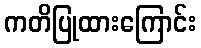
ကတိပြုထားကြောင်း